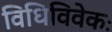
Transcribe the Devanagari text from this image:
विधिविवेकः